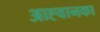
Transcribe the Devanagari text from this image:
आह्वानका